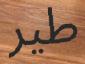
طير